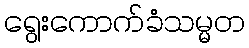
ရွေးကောက်ခံသမ္မတ